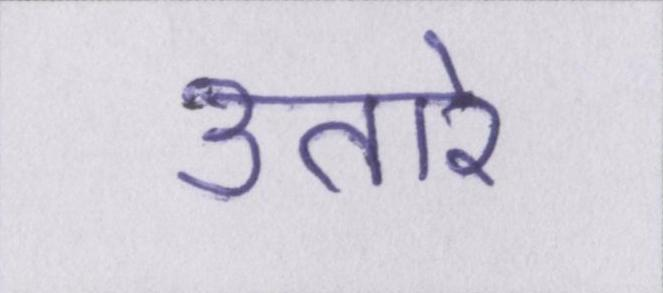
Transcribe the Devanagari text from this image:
उतारे